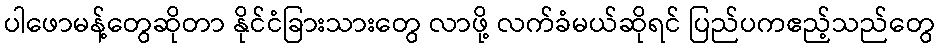
ပါဖောမန့်တွေဆိုတာ နိုင်ငံခြားသားတွေ လာဖို့ လက်ခံမယ်ဆိုရင် ပြည်ပကဧည့်သည်တွေ